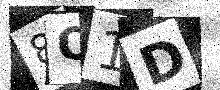
Text: 8O1D